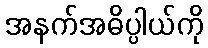
အနက်အဓိပ္ပါယ်ကို